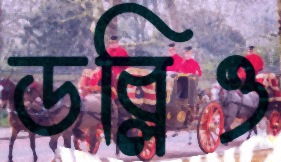
ডব্লিও